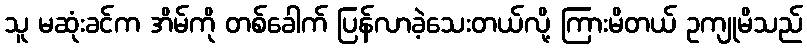
သူ မဆုံးခင်က အိမ်ကို တစ်ခေါက် ပြန်လာခဲ့သေးတယ်လို့ ကြားမိတယ် ဥကျုမိသည်